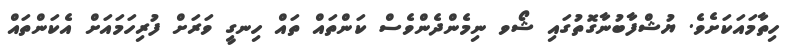
ހިތާމައަކަށެވެ. ޔުޝްފާބުނާގޮތުގައި ޝޯވ ނިމެންދެންވެސް ކަންތައް ތައް ހިނގީ ވަރަށް ފުރިހަމައަށް އެކަންތައް